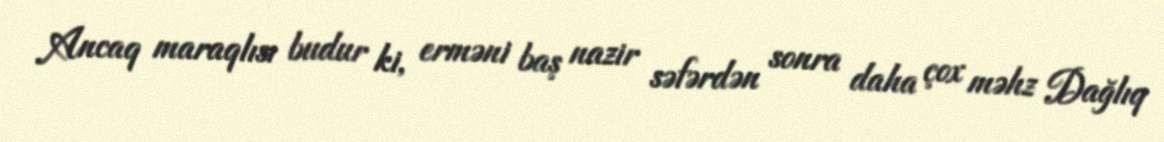
Ancaq maraqlısı budur ki, erməni baş nazir səfərdən sonra daha çox məhz Dağlıq